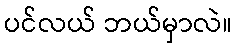
ပင်လယ် ဘယ်မှာလဲ။